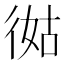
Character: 㣨